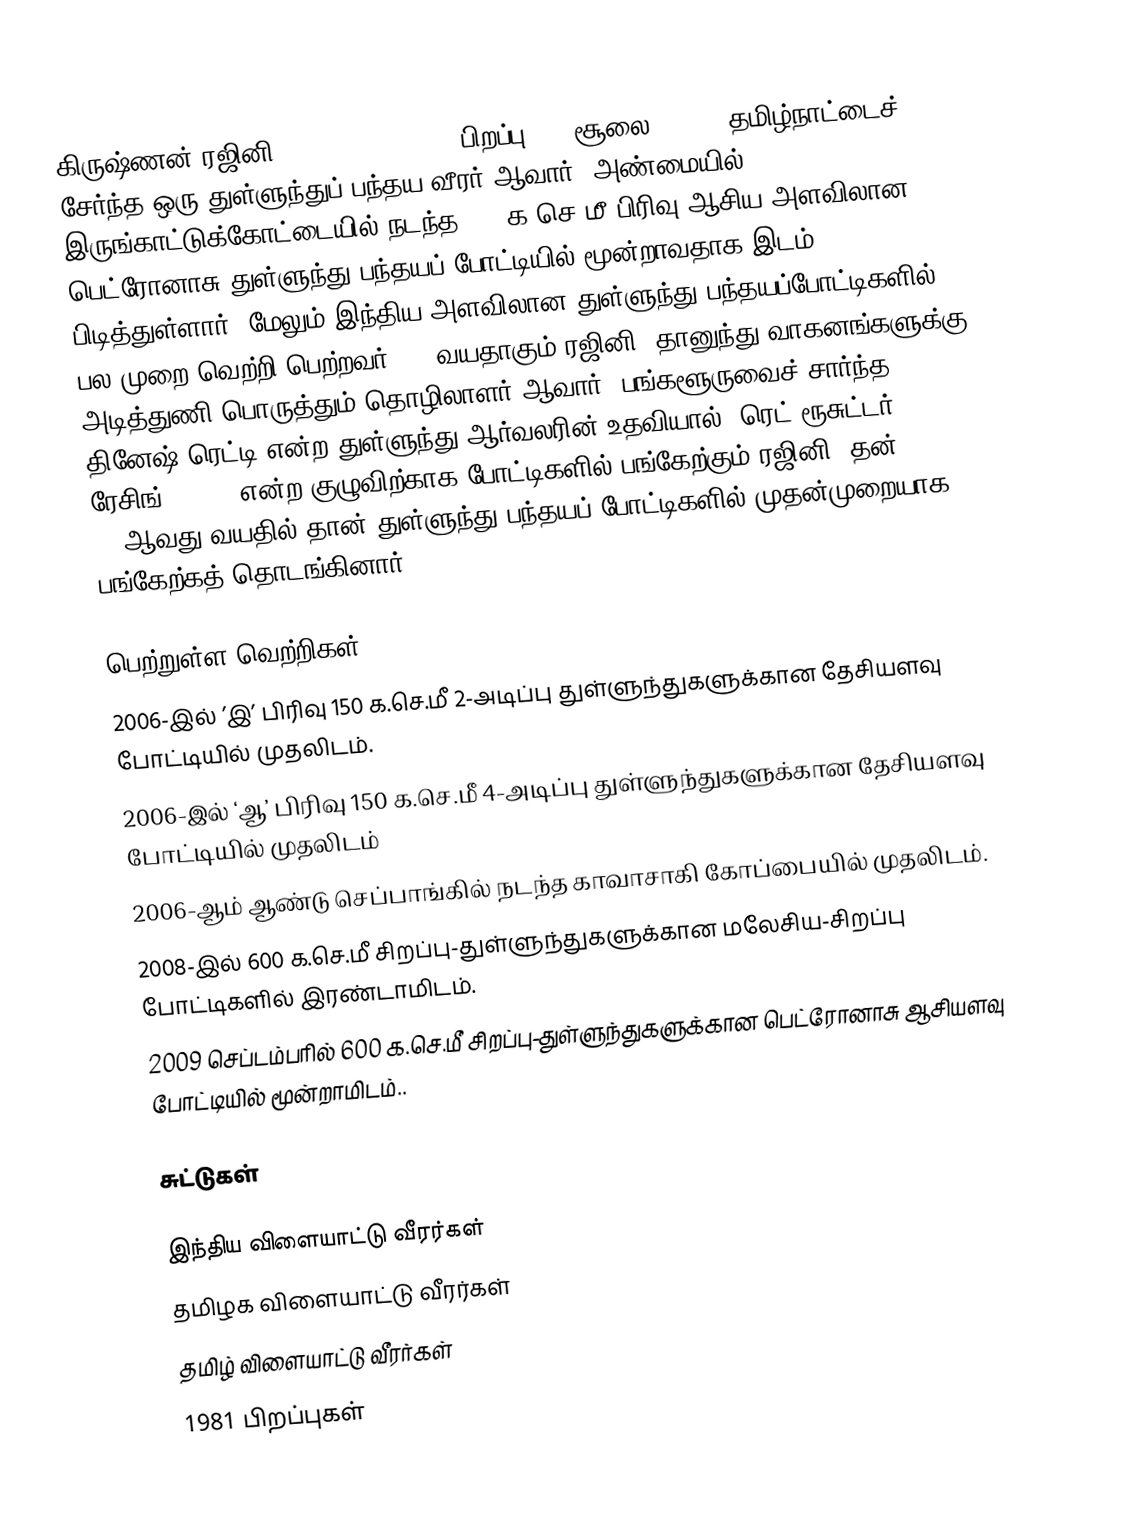
கிருஷ்ணன் ரஜினி (Rajini Krishnan, பிறப்பு: 13 சூலை, 1980)  தமிழ்நாட்டைச் சேர்ந்த ஒரு துள்ளுந்துப் பந்தய வீரர் ஆவார். அண்மையில் இருங்காட்டுக்கோட்டையில் நடந்த 600 க.செ.மீ பிரிவு ஆசிய-அளவிலான பெட்ரோனாசு துள்ளுந்து பந்தயப் போட்டியில் மூன்றாவதாக இடம் பிடித்துள்ளார். மேலும் இந்திய-அளவிலான துள்ளுந்து பந்தயப்போட்டிகளில் பல முறை வெற்றி பெற்றவர். 29 வயதாகும் ரஜினி, தானுந்து-வாகனங்களுக்கு அடித்துணி பொருத்தும் தொழிலாளர் ஆவார். பங்களூருவைச் சார்ந்த தினேஷ் ரெட்டி என்ற துள்ளுந்து ஆர்வலரின் உதவியால் 'ரெட் ரூசுட்டர் ரேசிங்' (RRR) என்ற குழுவிற்காக போட்டிகளில் பங்கேற்கும் ரஜினி, தன் 22-ஆவது வயதில் தான் துள்ளுந்து பந்தயப் போட்டிகளில் முதன்முறையாக பங்கேற்கத் தொடங்கினார்.

பெற்றுள்ள வெற்றிகள்
 2006-இல் ’இ’ பிரிவு 150 க.செ.மீ 2-அடிப்பு துள்ளுந்துகளுக்கான தேசியளவு  போட்டியில் முதலிடம்.
 2006-இல் ‘ஆ’ பிரிவு 150 க.செ.மீ 4-அடிப்பு துள்ளுந்துகளுக்கான தேசியளவு போட்டியில் முதலிடம்
 2006-ஆம் ஆண்டு செப்பாங்கில் நடந்த காவாசாகி கோப்பையில் முதலிடம்.
 2008-இல் 600 க.செ.மீ சிறப்பு-துள்ளுந்துகளுக்கான மலேசிய-சிறப்பு போட்டிகளில் இரண்டாமிடம்.
 2009 செப்டம்பரில் 600 க.செ.மீ சிறப்பு-துள்ளுந்துகளுக்கான பெட்ரோனாசு ஆசியளவு போட்டியில் மூன்றாமிடம்..

சுட்டுகள்

இந்திய விளையாட்டு வீரர்கள்
தமிழக விளையாட்டு வீரர்கள்
தமிழ் விளையாட்டு வீரர்கள்
1981 பிறப்புகள்